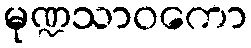
မုဏ္ဍသာဝကော